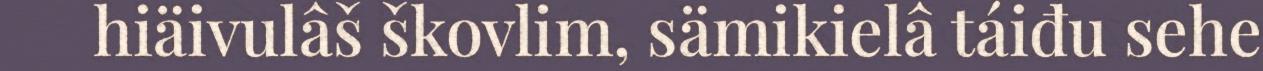
hiäivulâš škovlim, sämikielâ táiđu sehe